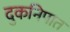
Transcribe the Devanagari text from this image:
दुकनिपात